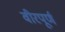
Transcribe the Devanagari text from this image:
वीरपूर्ण